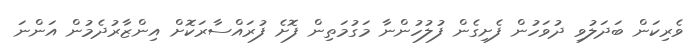
ވެރިކަން ބަދަލުވި ދުވަހުން ފެށިގެން ފުލުހުންނާ މަގުމަތިން ފޮށެ ފުރައްސާރަކޮށް އިންޒާރުދެމުން އަންނަ